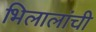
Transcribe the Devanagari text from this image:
भिलालांची